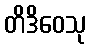
တိဒိဝေသု